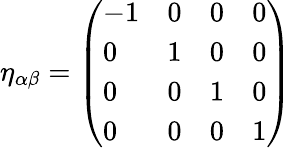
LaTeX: \eta_{\alpha\beta}={\left(\begin{array}{llll}{-1}&{0}&{0}&{0}\\ {0}&{1}&{0}&{0}\\ {0}&{0}&{1}&{0}\\ {0}&{0}&{0}&{1}\end{array}\right)}